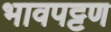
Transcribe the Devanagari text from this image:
भावपट्टण